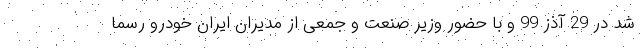
شد در 29 آذز 99 و با حضور وزیر صنعت و جمعی از مدیران ایران خودرو رسما